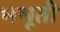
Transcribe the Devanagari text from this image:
भभूती